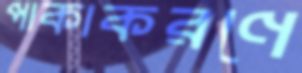
পাকাকরণে